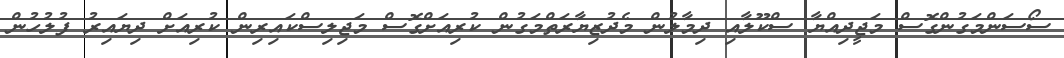
ސޯސަންމަގުންގޮސް މަޖީދިއްޔާ ސްކޫލާއި ދިމާލުން މެދުޒިޔާރަތްމަގުން ކުރިއަށްގޮސް މަޖިލިސްކައިރިން ކުރިއަށް ދިޔައިރު ފުލުހުން